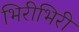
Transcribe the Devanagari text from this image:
भिरीभिरी